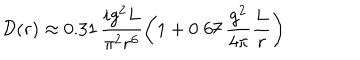
{ \cal D } ( r ) \approx 0 . 3 1 \, \frac { i g ^ { 2 } L } { \pi ^ { 2 } r ^ { 6 } } \left( 1 + 0 . 6 7 \, \frac { g ^ { 2 } } { 4 \pi } \frac { L } { r } \right)